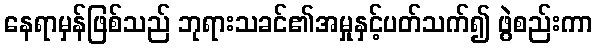
နေရာမှန်ဖြစ်သည် ဘုရားသခင်၏အမှုနှင့်ပတ်သက်၍ ဖွဲစည်းကာ